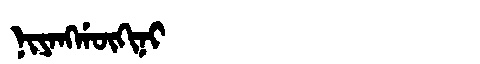
Manchu: ᠨᡳᠶᠠᠩᡤᡡᡴᡳᠨᡳ
Romanization: NIYANGGŪKINI